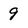
Character: 9